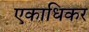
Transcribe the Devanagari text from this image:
एकाधिकर